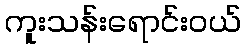
ကူးသန်းရောင်းဝယ်